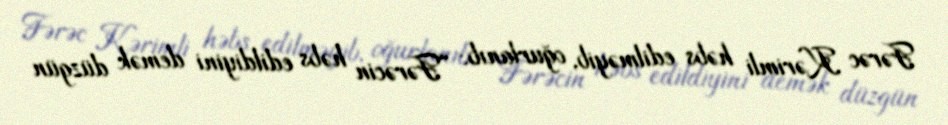
Fərəc Kərimli həbs edilməyib, oğurlanıb: “Fərəcin həbs edildiyini demək düzgün